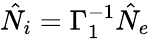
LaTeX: \hat{N}_{i}=\Gamma_{1}^{-1}\hat{N}_{e}